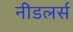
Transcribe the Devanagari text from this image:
नीडलर्स